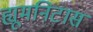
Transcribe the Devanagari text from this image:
ह्यूमनिटास